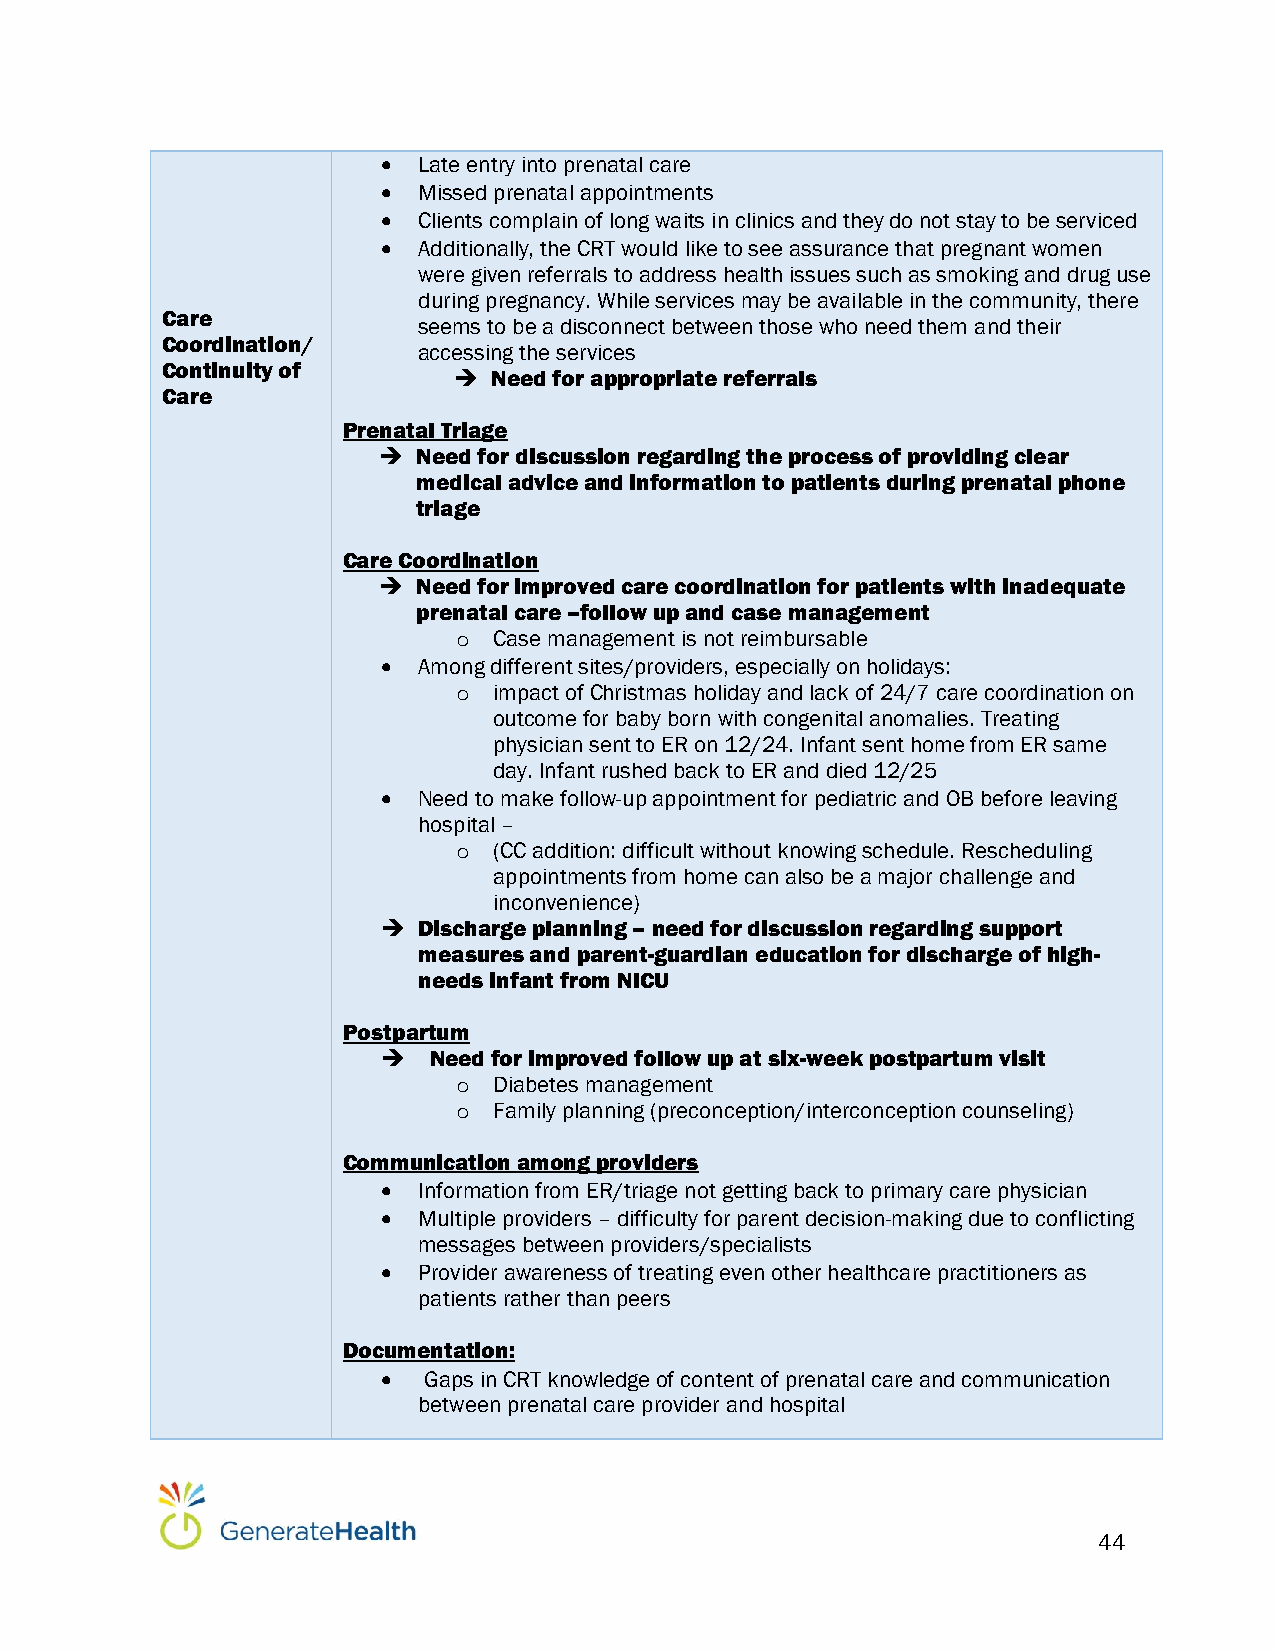
  Late entry into prenatal care
   Missed prenatal appointments
   Clients complain of long waits in clinics and they do not stay to be serviced
   Additionally, the CRT would like to see assurance that pregnant women
 were given referrals to address health issues such as smoking and drug use
 during pregnancy. While services may be available in the community, there
 Care
 seems to be a disconnect between those who need them and their
 Coordination/
 accessing the services
 Continuity of
   Need for appropriate referrals
 Care
 Prenatal Triage
   Need for discussion regarding the process of providing clear
 medical advice and information to patients during prenatal phone
 triage
 Care Coordination
   Need for improved care coordination for patients with inadequate
 prenatal care –follow up and case management
 o  Case management is not reimbursable
   Among different sites/providers, especially on holidays:
 o  impact of Christmas holiday and lack of 24/7 care coordination on
 outcome for baby born with congenital anomalies. Treating
 physician sent to ER on 12/24. Infant sent home from ER same
 day. Infant rushed back to ER and died 12/25
   Need to make follow-up appointment for pediatric and OB before leaving
 hospital –
 o  (CC addition: difficult without knowing schedule. Rescheduling
 appointments from home can also be a major challenge and
 inconvenience)
   Discharge planning – need for discussion regarding support
 measures and parent-guardian education for discharge of high-
 needs infant from NICU
 Postpartum
   Need for improved follow up at six-week postpartum visit
 o  Diabetes management
 o  Family planning (preconception/interconception counseling)
 Communication among providers
   Information from ER/triage not getting back to primary care physician
   Multiple providers – difficulty for parent decision-making due to conflicting
 messages between providers/specialists
   Provider awareness of treating even other healthcare practitioners as
 patients rather than peers
 Documentation:
   Gaps in CRT knowledge of content of prenatal care and communication
 between prenatal care provider and hospital
 44